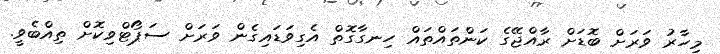
މިހާރު ވަރަށް ބޮޑަށް ރާއްޖޭގެ ކަންތައްތައް ހިނގާގޮތް އެގިވަޑައިގެން ވަރަށް ސަޕޯޓްވިކޮށް ތިއްބެވީ.